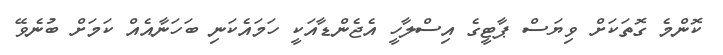
ކޮންމެ ގޮތަކަށް ވިޔަސް ޕާޓީގެ އިސްލާހީ އެޖެންޑާއަކީ ހަމައެކަނި ބަހަނާއެއް ކަމަށް ބުނެވޭ